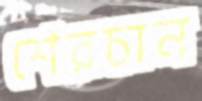
শেরচান